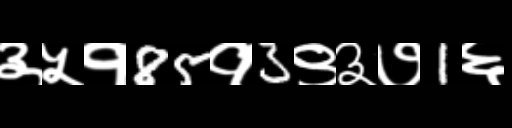
Text: ३५१85१3९३७1६